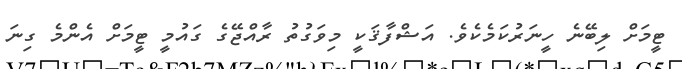
ޓީމަށް ލިބޭނެ ހީނަރުކަމެކެވެ. އަޝްފާޤަކީ މިވަގުތު ރާއްޖޭގެ ގައުމީ ޓީމަށް އެންމެ ގިނަ